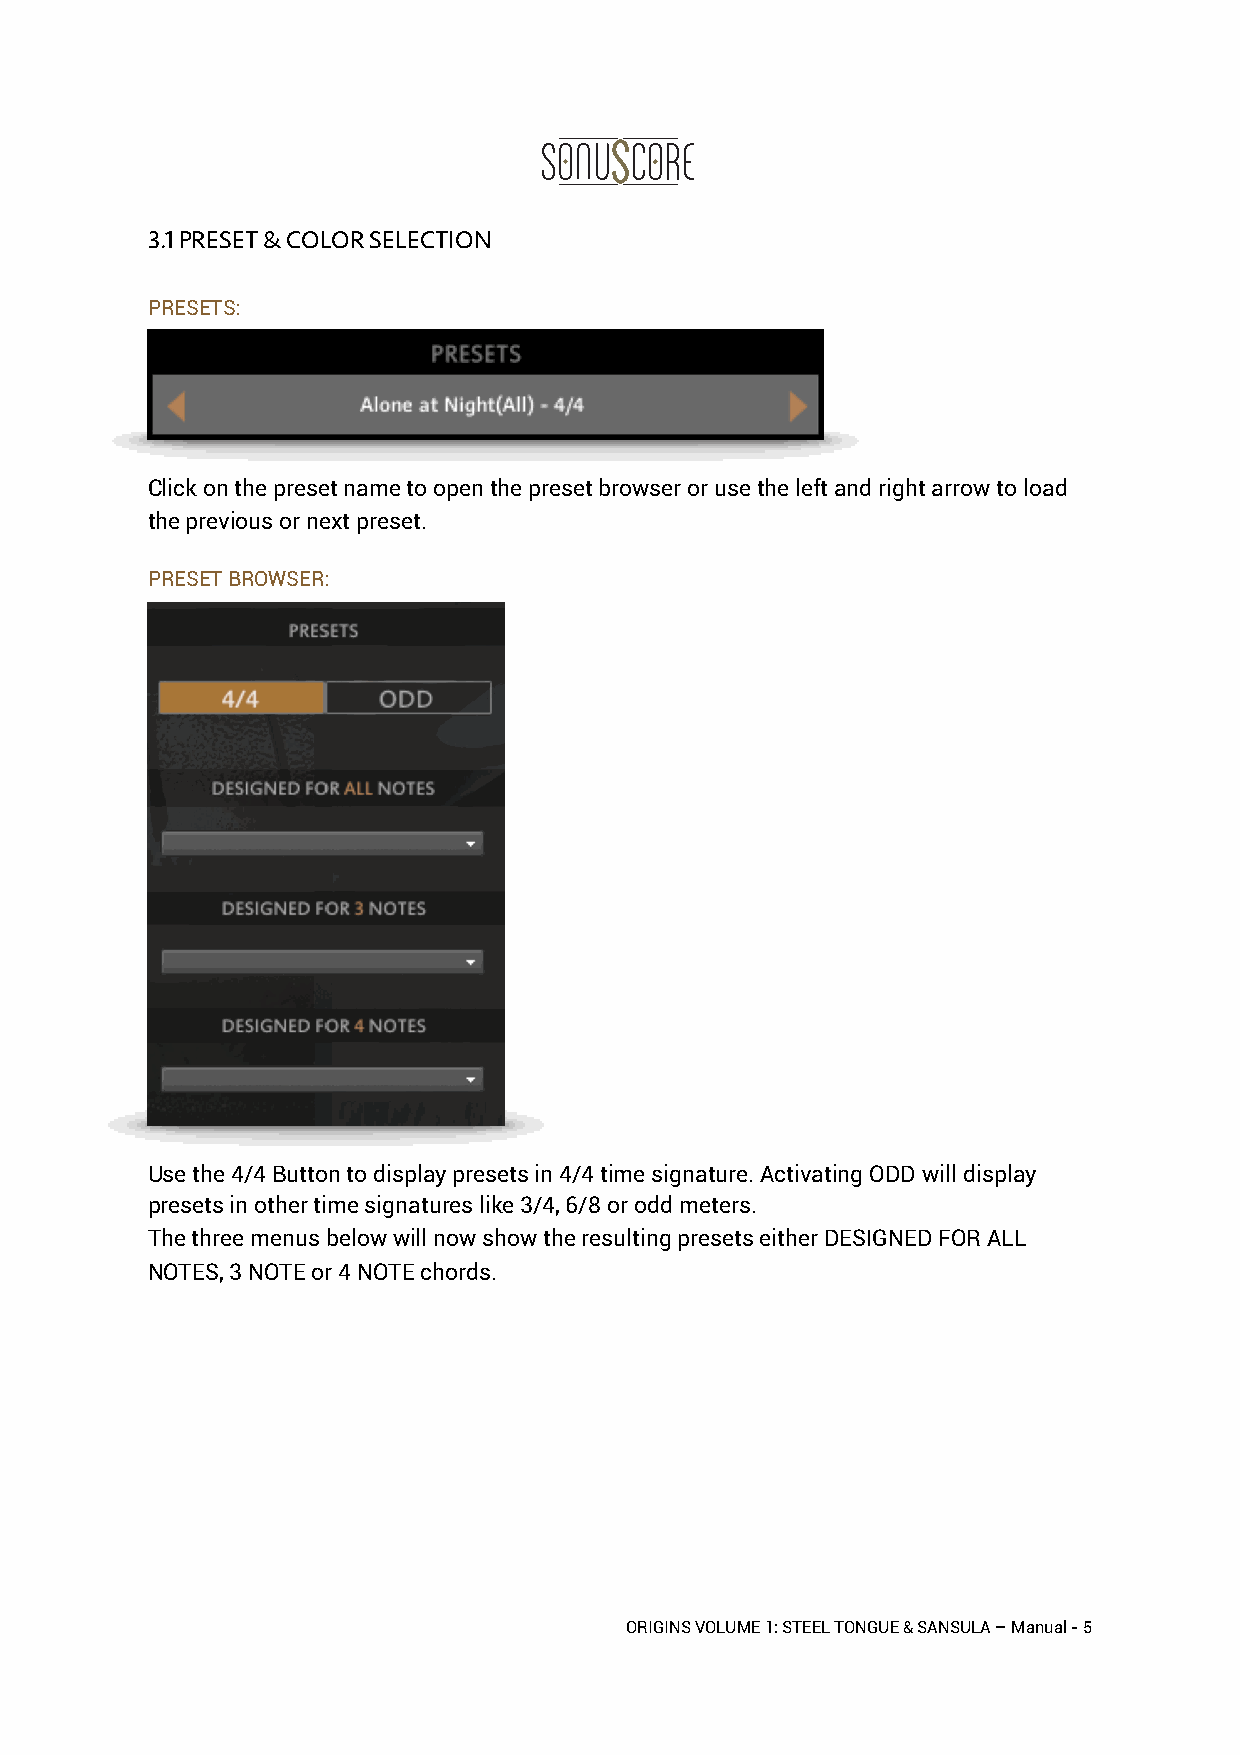
3.1 PRESET & COLOR SELECTION
 PRESETS:

 Click on the preset name to open the preset browser or use the left and right arrow to load
 the previous or next preset.
 PRESET BROWSER:

 Use the 4/4 Button to display presets in 4/4 time signature. Activating ODD will display
 presets in other time signatures like 3/4, 6/8 or odd meters.
 The three menus below will now show the resulting presets either DESIGNED FOR ALL
 NOTES, 3 NOTE or 4 NOTE chords.
 ORIGINS VOLUME 1: STEEL TONGUE & SANSULA – Manual - 5